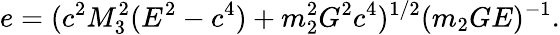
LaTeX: e=(c^{2}M_{3}^{2}(E^{2}-c^{4})+m_{2}^{2}G^{2}c^{4})^{1/2}(m_{2}GE)^{-1}.